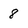
Character: 8